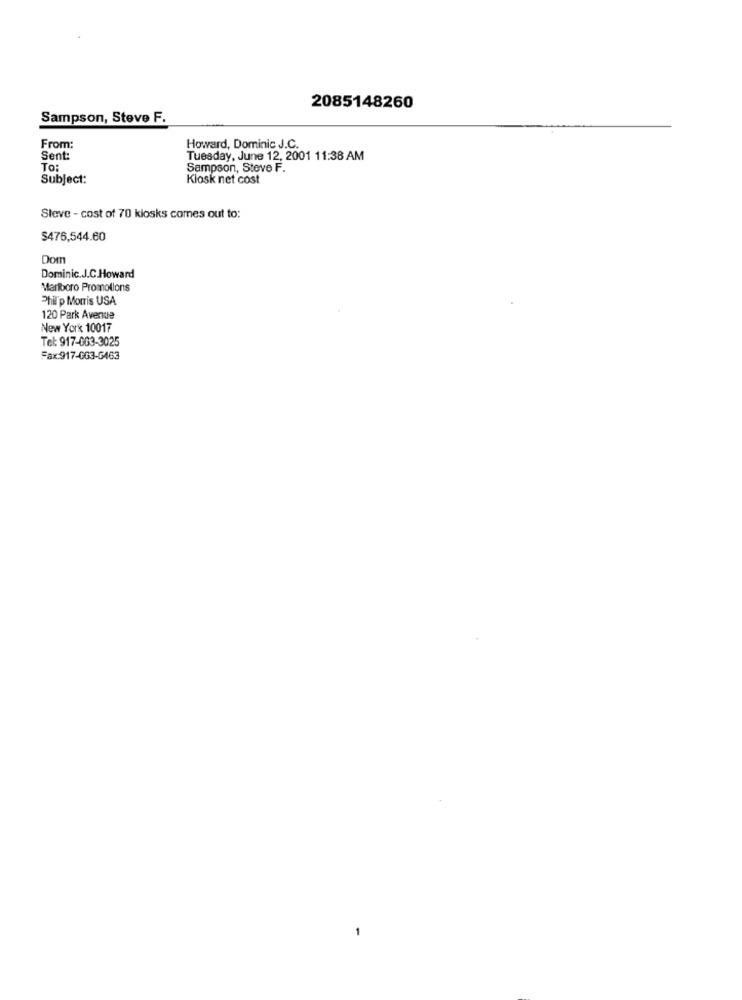
2085148260
Sampson, Steve F.
From:
Howard, Dominic J.C.
Sent:
Tuesday, June 12, 2001 11:38 AM
TO:
Sampson, Steve F.
Subject:
Kiosk net cost
Steve - cost of 70 kiosks comes out to:
$476,544.60
Dom
Dominic.J.C.Howard
Marlboro Promotions
Phil'p Morris USA
120 Park Avenue
New York 10017
Tel: 917-063-3025
Fax:917-0G3-G463
-